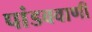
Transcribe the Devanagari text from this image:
पांडववाणी